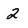
Character: 2